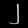
Digit: ၂